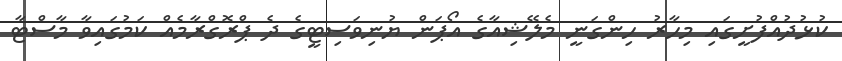
ކުޅުދުއްފުށީގައި މިހާރު ހިންގަނީ މެލޭޝިއާގެ އޯޕަން ޔުނިވަސިޓީގެ ދެ ޕްރޮގްރާމެއް ކަމުގައިވާ މާސްޓާ